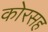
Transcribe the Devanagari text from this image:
कोरसह